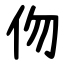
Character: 伆